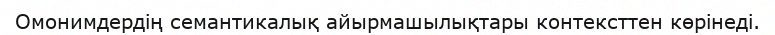
Омонимдердің семантикалық айырмашылықтары контексттен көрінеді.